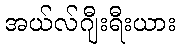
အယ်လ်ဂျီးရီးယား